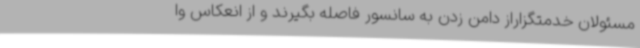
مسئولان خدمتگزاراز دامن زدن به سانسور فاصله بگیرند و از انعکاس وا